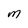
Character: M